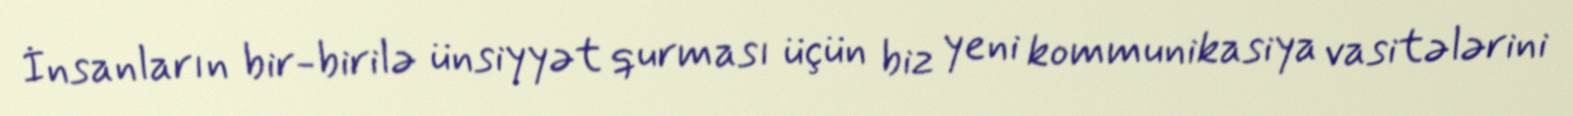
İnsanların bir-birilə ünsiyyət qurması üçün biz yeni kommunikasiya vasitələrini